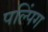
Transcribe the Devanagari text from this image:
पल्पिंग